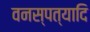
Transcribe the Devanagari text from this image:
वनस्पत्यादि